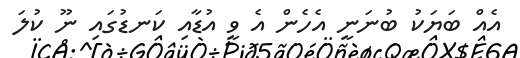
އެއް ބަޔަކު ބުނަނީ އެހެން އެ ވީ އުޑާއި ކަނޑުގައި ނޫ ކުލަ